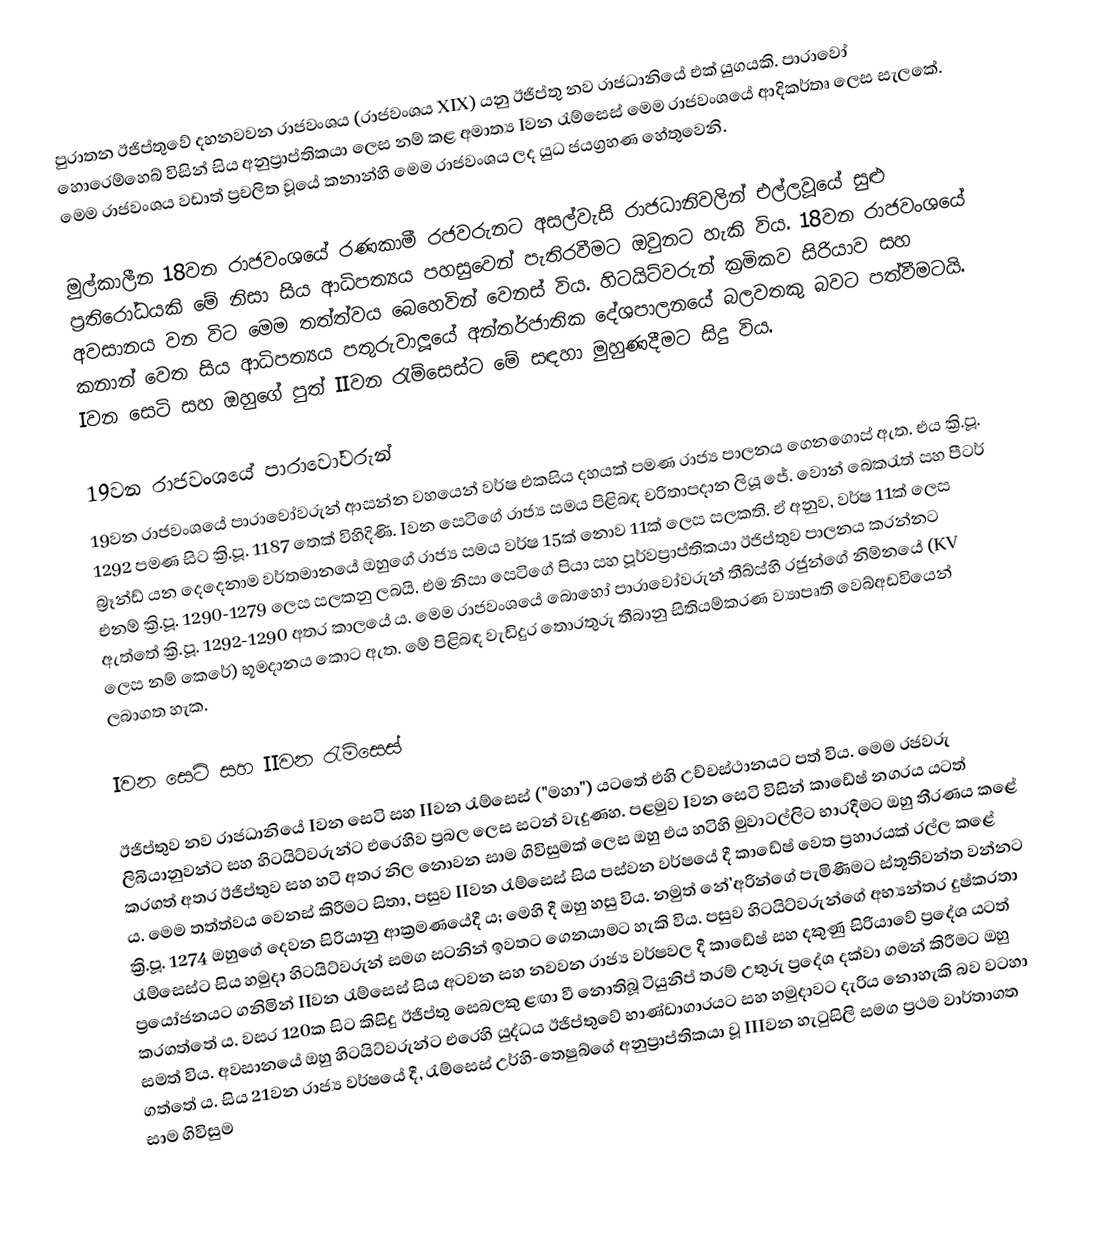
පුරාතන ඊජිප්තුවේ දහනවවන රාජවංශය (රාජවංශය XIX) යනු ඊජිප්තු නව රාජධානියේ එක් යුගයකි. පාරාවෝ හොරෙම්හෙබ් විසින් සිය අනුප්‍රාප්තිකයා ලෙස නම් කළ අමාත්‍ය Iවන රැම්සෙස් මෙම රාජවංශයේ ආදිකර්තෘ ලෙස සැලකේ. මෙම රාජවංශය වඩාත් ප්‍රචලිත වූයේ කනාන්හි මෙම රාජවංශය ලද යුධ ජයග්‍රහණ හේතුවෙනි.

මුල්කාලීන 18වන රාජවංශයේ රණකාමී රජවරුනට අසල්වැසි රාජධානිවලින් එල්ලවූයේ සුළු ප්‍රතිරෝධයකි මේ නිසා සිය ආධිපත්‍යය පහසුවෙන් පැතිරවීමට ඔවුනට හැකි විය. 18වන රාජවංශයේ අවසානය වන විට මෙම තත්ත්වය බෙහෙවින් වෙනස් විය. හිටයිට්වරුන් ක්‍රමිකව සිරියාව සහ කනාන් වෙත සිය ආධිපත්‍යය පතුරුවාලූයේ අන්තර්ජාතික දේශපාලනයේ බලවතකු බවට පත්වීමටයි. Iවන සෙටි සහ ඔහුගේ පුත් IIවන රැම්සෙස්ට මේ සඳහා මුහුණදීමට සිදු විය.

19වන රාජවංශයේ පාරාවෝවරුන්
19වන රාජවංශයේ පාරාවෝවරුන් ආසන්න වහයෙන් වර්ෂ එකසිය දහයක් පමණ රාජ්‍ය පාලනය ගෙනගොස් ඇත. එය ක්‍රි.පූ. 1292 පමණ සිට ක්‍රි.පූ. 1187 තෙක් විහිදිණි. Iවන සෙටිගේ රාජ්‍ය සමය පිළිබඳ චරිතාපදාන ලියූ ජේ. වොන් බෙකරැත් සහ පීටර් බ්‍රෑන්ඩ් යන දෙදෙනාම වර්තමානයේ ඔහුගේ රාජ්‍ය සමය වර්ෂ 15ක් නොව 11ක් ලෙස සලකති. ඒ අනුව, වර්ෂ 11ක් ලෙස එනම් ක්‍රි.පූ. 1290-1279 ලෙස සලකනු ලබයි. එම නිසා සෙටිගේ පියා සහ පූර්වප්‍රාප්තිකයා ඊජිප්තුව පාලනය කරන්නට ඇත්තේ ක්‍රි.පූ. 1292-1290 අතර කාලයේ ය. මෙම රාජවංශයේ බොහෝ පාරාවෝවරුන් තීබ්ස්හි රජුන්ගේ නිම්නයේ (KV ලෙස නම් කෙරේ) භූමදානය කොට ඇත. මේ පිළිබඳ වැඩිදුර තොරතුරු තීබානු සිතියම්කරණ ව්‍යාපෘති වෙබ්අඩවියෙන් ලබාගත හැක.

Iවන සෙටි සහ IIවන රැම්සෙස්

ඊජිප්තුව නව රාජධානියේ Iවන සෙටි සහ IIවන රැම්සෙස් ("මහා") යටතේ එහි උච්චස්ථානයට පත් විය. මෙම රජවරු ලිබියානුවන්ට සහ හිටයිට්වරුන්ට එරෙහිව ප්‍රබල ලෙස සටන් වැදුණහ. පළමුව Iවන සෙටි විසින් කාඩේෂ් නගරය යටත් කරගත් අතර ඊජිප්තුව සහ හටි අතර නිල නොවන සාම ගිවිසුමක් ලෙස ඔහු එය හටිහි මුවාටල්ලිට භාරදීමට ඔහු තීරණය කළේ ය. මෙම තත්ත්වය වෙනස් කිරීමට සිතා, පසුව IIවන රැම්සෙස් සිය පස්වන වර්ෂයේ දී කාඩේෂ් වෙත ප්‍රහාරයක් රල්ල කළේ ක්‍රි.පූ. 1274 ඔහුගේ දෙවන සිරියානු ආක්‍රමණයේදී ය; මෙහි දී ඔහු හසු විය. නමුත් නේ’අරින්ගේ පැමිණීමට ස්තූතිවන්ත වන්නට රැම්සෙස්ට සිය හමුදා හිටයිට්වරුන් සමග සටනින් ඉවතට ගෙනයාමට හැකි විය. පසුව හිටයිට්වරුන්ගේ අභ්‍යන්තර දුෂ්කරතා ප්‍රයෝජනයට ගනිමින් IIවන රැම්සෙස් සිය අටවන සහ නවවන රාජ්‍ය වර්ෂවල දී කාඩේෂ් සහ දකුණු සිරියාවේ ප්‍රදේශ යටත් කරගත්තේ ය. වසර 120ක සිට කිසිදු ඊජිප්තු සෙබලකු ළඟා වී නොතිබූ ටියුනිප් තරම් උතුරු ප්‍රදේශ දක්වා ගමන් කිරීමට ඔහු සමත් විය. අවසානයේ ඔහු හිටයිට්වරුන්ට එරෙහි යුද්ධය ඊජිප්තුවේ භාණ්ඩාගාරයට සහ හමුදාවට දැරිය නොහැකි බව වටහා ගත්තේ ය. සිය 21වන රාජ්‍ය වර්ෂයේ දී, රැම්සෙස් උර්හි-තෙෂුබ්ගේ අනුප්‍රාප්තිකයා වූ IIIවන හැටුසිලි සමග ප්‍රථම වාර්තාගත සාම ගිවිසුම